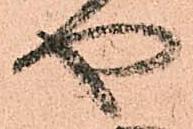
や